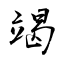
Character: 竭